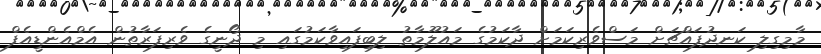
މާމިގިލި ކަނދުފައްޗަށް މަސްވެރިކަމަށް ދާކަމުގެ މައުލޫމާތު ލިބިފައިވާކަމުގައި މި ދޯނީގެ ވެރިފަރާތުން އެމްއެންޑީއެފް